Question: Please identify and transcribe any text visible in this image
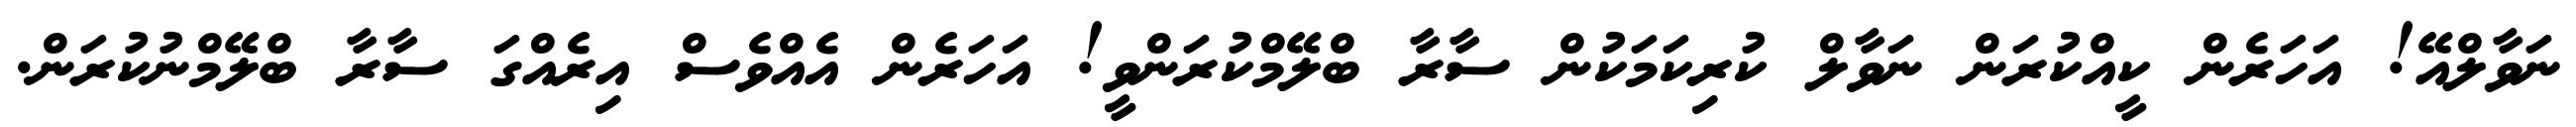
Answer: ނަވާލްއޭ! އަހަރެން ކީއްކުރަން ނަވާލް ކުރިކަމަކުން ސާރާ ބްލޭމްކުރަންވީ! އަހަރެން އެއްވެސް އިރެއްގަ ސާރާ ބްލޭމްނުކުރަން.